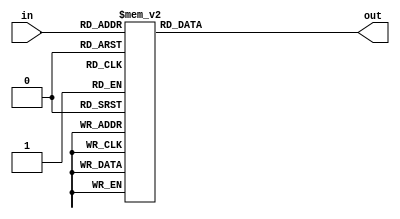
`timescale 1ns / 1ps
//////////////////////////////////////////////////////////////////////////////////
// Company:
// Engineer:
//
// Design Name:
// Module Name: decoder_4_7
// Project Name:
// Target Devices:
// Tool Versions:
// Description:
//
// Dependencies:
//
// Revision:
// Revision 0.01 - File Created
// Additional Comments:
//
//////////////////////////////////////////////////////////////////////////////////


module decoder_4_7(input [3:0] in,
                   output reg [6:0] out);
always @(*) begin
    case (in)
        4'h0:out    = 7'b0000001;
        4'h1:out    = 7'b1001111;
        4'h2:out    = 7'b0010010;
        4'h3:out    = 7'b0000110;
        4'h4:out    = 7'b1001100;
        4'h5:out    = 7'b0100100;
        4'h6:out    = 7'b0100000;
        4'h7:out    = 7'b0001111;
        4'h8:out    = 7'b0000000;
        4'h9:out    = 7'b0000100;
        4'ha:out    = 7'b0001000;
        4'hb:out    = 7'b1100000;
        4'hc:out    = 7'b0110001;
        4'hd:out    = 7'b1000010;
        4'he:out    = 7'b0110000;
        4'hf:out    = 7'b0111000;
        default:out = 7'b1111111;
    endcase
end
endmodule